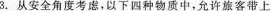
3.从安全角度考虑，以下四种物质中，允许旅客带上